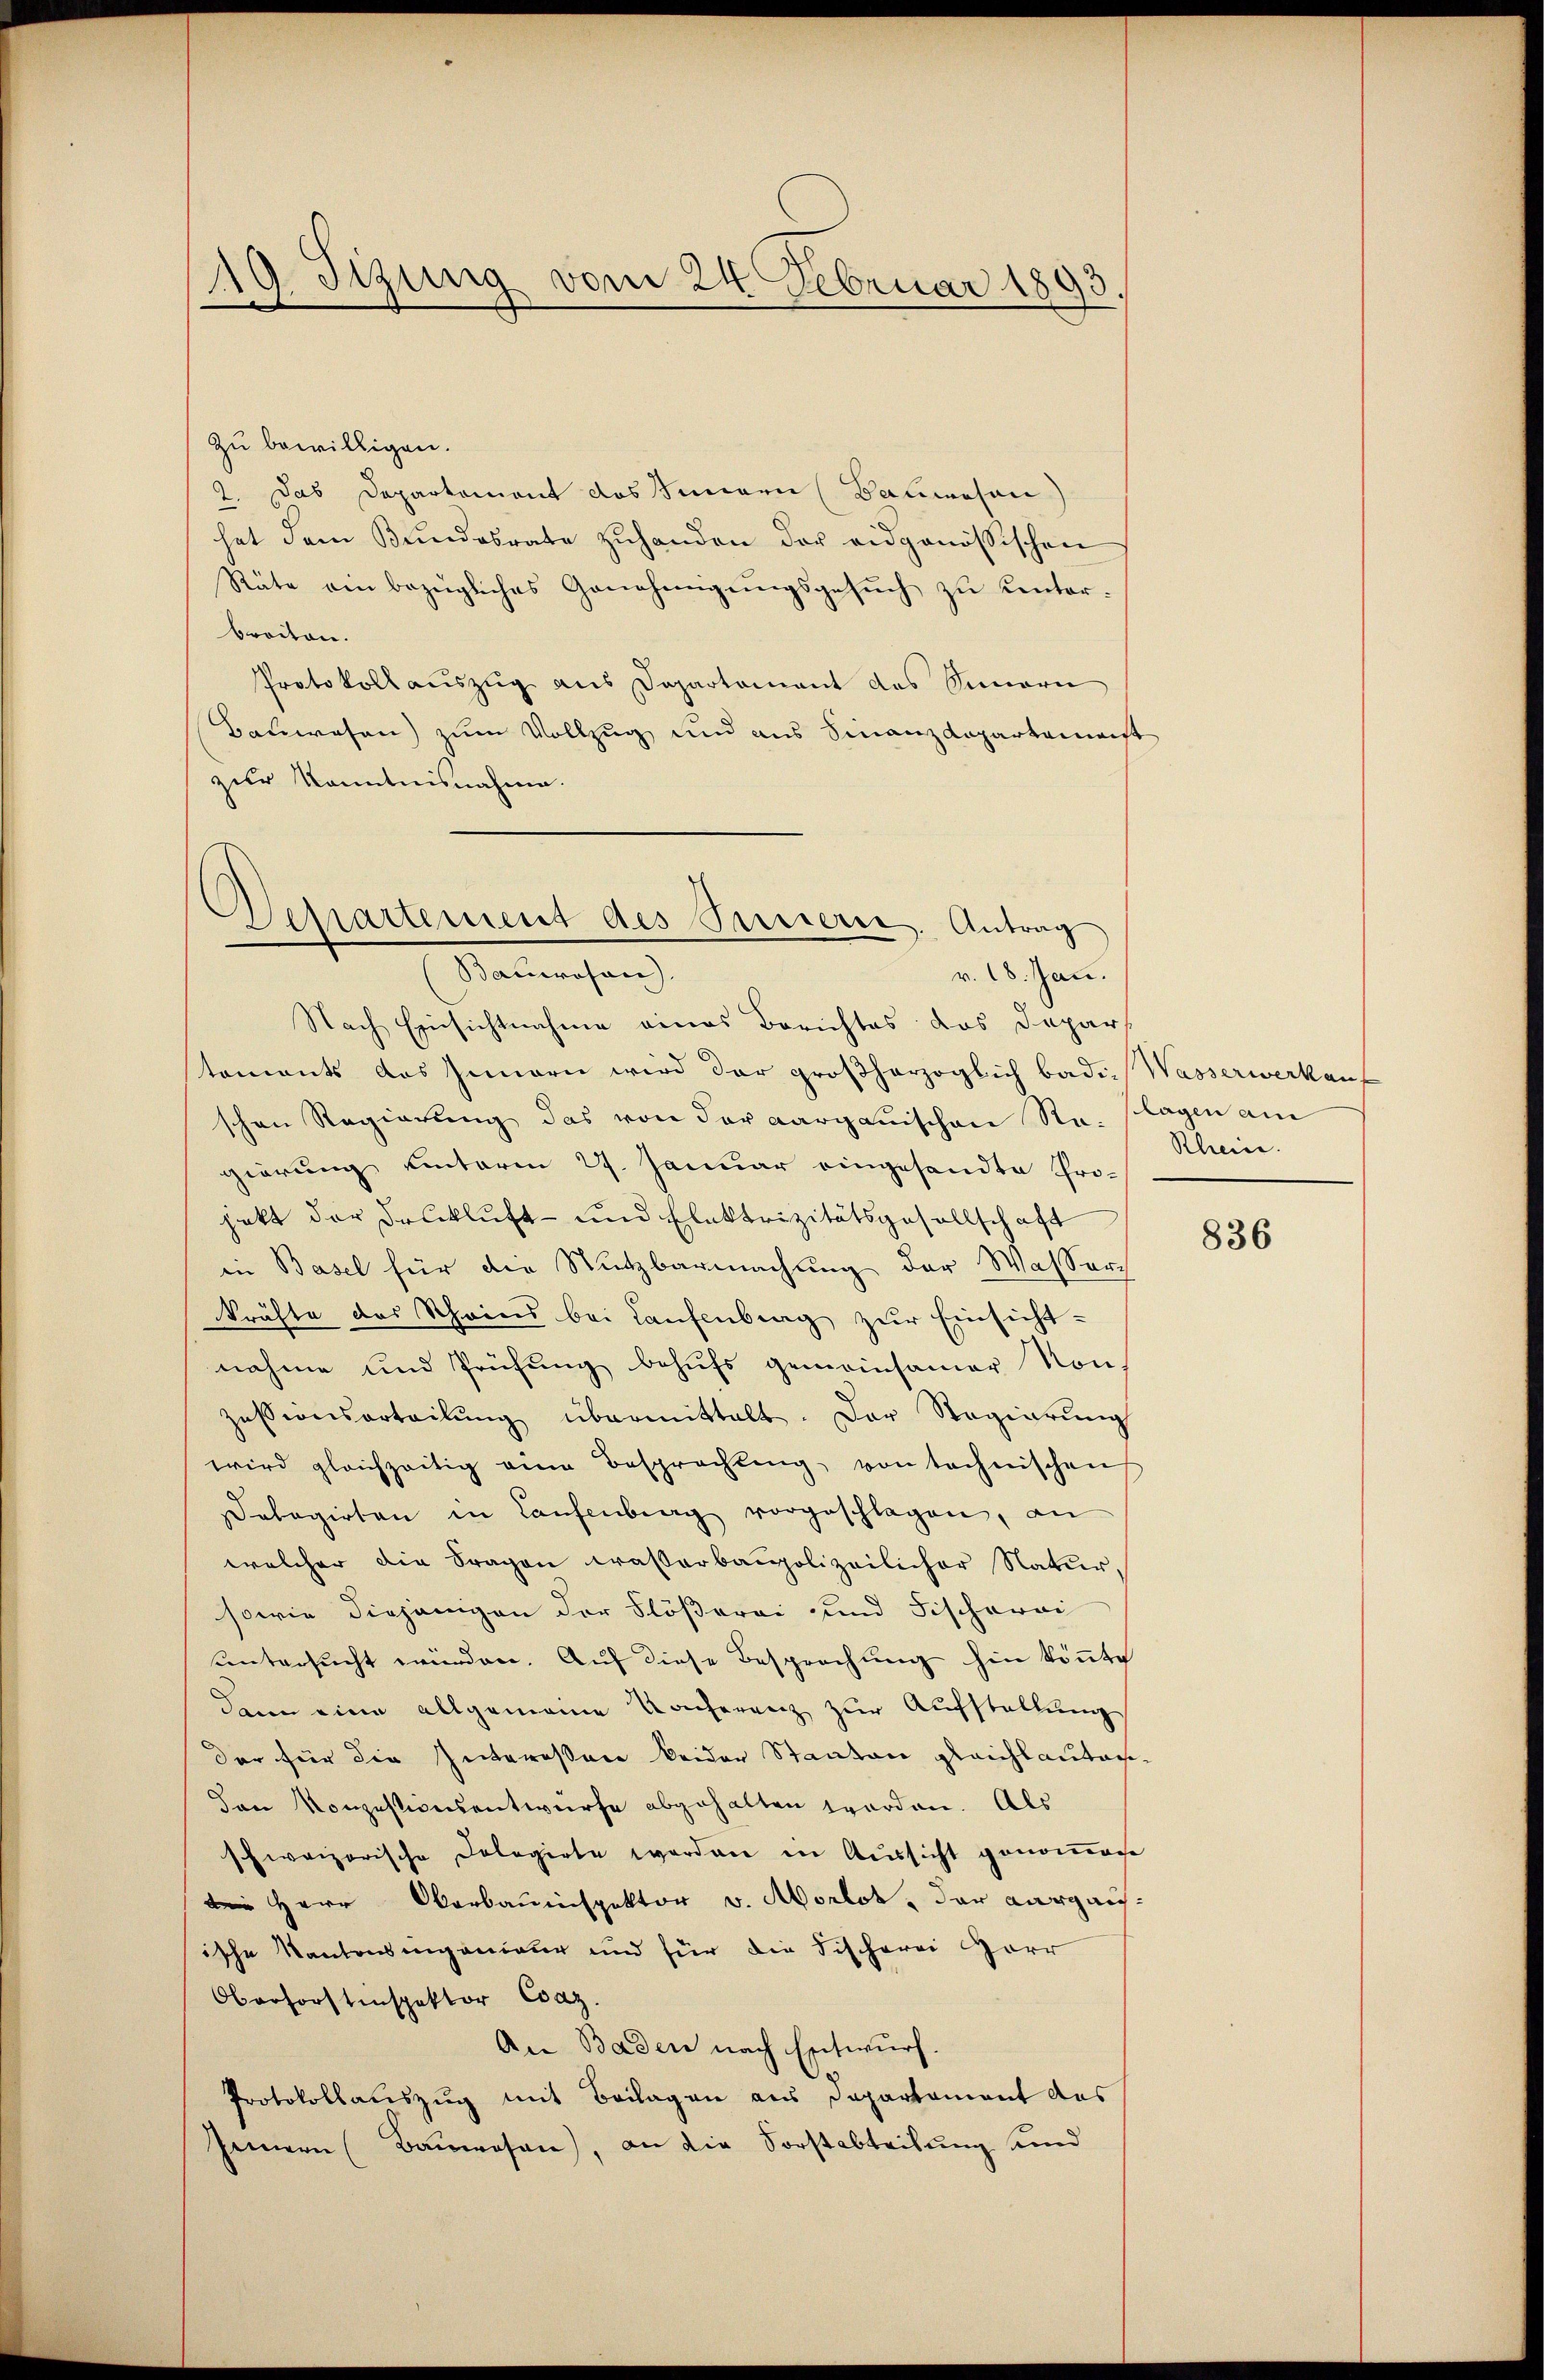
.
19. Sizung vom 24. Februar 1893

Zu bewilligen.
2. Das Departement das Simmen (Bauwesen)
hat dem Bŭndesrate zŭhanden der eidgenössischen
Räte ein bezügliches Genehmigŭngsgesŭch zu unterbreiten.
Protokollauszug aus Departamant des Innern
Bauwesen) zum Vollzug und aus Finanzdepartement
zur Kenntnisnahme.

Chartement des Innern. Antrag
Bauwesen)
r. 18. Jan.

Nach Einsichtnahme eines Berichtes das Depart
toments des Innern wird der großherzoglich badie Wasserwerkauf
schen Regierung das von der aargauischen Se. Klagen am
gierung unterm 27. Januar eingesandte Projekt der Druckluft- und Elektrizitätsgesellschaft
in Basel für die Nutzbarmachung der Wasserkräfte des Scheins bei Laufenberg zur Einsichtnahme und Prüfung behufs gemeinsamer von
zessionsarteilŭng übermittelt. Der Regierŭng
wird gleichzeitig eine Besprechung von technischen
alagirten in Laufenburg vorgeschlagen, an
welcher die Fragen waßerbaupolizeilicher Natur,
sowie diejenigen der Flößerei und Fischerei
untersucht würden. Auf diese Besprechung hin könnte
dann eine allgemeine Konferenz zur Aufstellung
der für die Interessere beider Stanton gleichlautachden Konzestionsentwurfe abgehalten worden. Als
schweizerische Dolagirte werden in Aussicht genommene
i Herr Oberbauinspektor v. Morlot, das Aargauische Kantonsingenieur und für die Fischerei Harr
Oberforstinspektor Coaz.
An Baden nach Entwurf.
Protokollauszug mit Beilagen aus Departament des
Innern (Bauwesen), an die Forstabteilung und

Rhein.

836